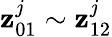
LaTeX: \mathbf{z}_{01}^{j}\sim\mathbf{z}_{12}^{j}